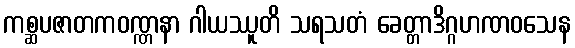
ကစ္ဆပဇာတကဝဏ္ဏနာ ဂါယဿူတိ သရသတံ ခေတ္တာဒိဂ္ဂဟဏဝသေန